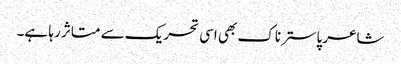
شاعر پاسترناک بھی اسی تحریک سے متاثر رہا ہے۔